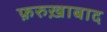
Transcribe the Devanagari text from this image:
फ़रुख़ाबाद